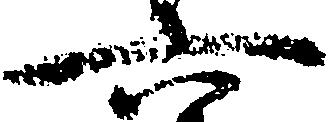
六